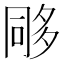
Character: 𭁰